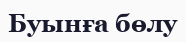
Буынға бөлу